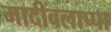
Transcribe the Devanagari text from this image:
मादीवलाप्पा